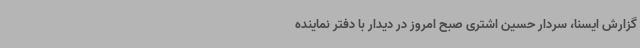
گزارش ایسنا،‌ سردار حسین اشتری صبح امروز در دیدار با دفتر نماینده